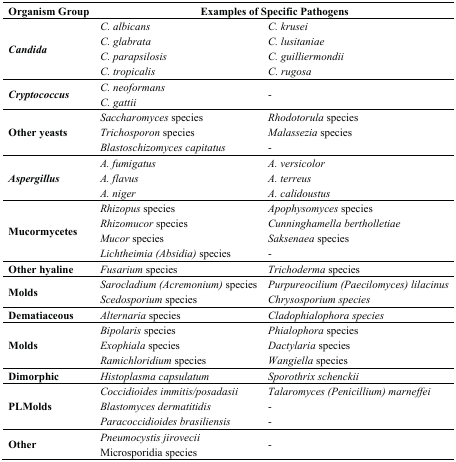
<table><thead><tr><td><b>Organism Group</b></td><td colspan="2"><b>Examples of Specific Pathogens</b></td></tr></thead><tbody><tr><td rowspan="4"><b><i>Candida</i></b></td><td><i>C. albicans</i></td><td><i>C. krusei</i></td></tr><tr><td><i>C. glabrata</i></td><td><i>C. lusitaniae</i></td></tr><tr><td><i>C. parapsilosis</i></td><td><i>C. guilliermondii</i></td></tr><tr><td><i>C. tropicalis</i></td><td><i>C. rugosa</i></td></tr><tr><td><b><i>Cryptococcus</i></b></td><td><i>C. neoformans C. gattii</i></td><td>-</td></tr><tr><td rowspan="3"><b>Other yeasts</b></td><td><i>Saccharomyces</i> species</td><td><i>Rhodotorula</i> species</td></tr><tr><td><i>Trichosporon</i> species</td><td><i>Malassezia</i> species</td></tr><tr><td><i>Blastoschizomyces capitatus</i></td><td>-</td></tr><tr><td rowspan="3"><b><i>Aspergillus</i></b></td><td><i>A. fumigatus</i></td><td><i>A. versicolor</i></td></tr><tr><td><i>A. flavus</i></td><td><i>A. terreus</i></td></tr><tr><td><i>A. niger</i></td><td><i>A. calidoustus</i></td></tr><tr><td rowspan="4"><b>Mucormycetes</b></td><td><i>Rhizopus</i> species</td><td><i>Apophysomyces</i> species</td></tr><tr><td><i>Rhizomucor</i> species</td><td><i>Cunninghamella bertholletiae</i></td></tr><tr><td><i>Mucor</i> species</td><td><i>Saksenaea</i> species</td></tr><tr><td><i>Lichtheimia (Absidia)</i> species</td><td>-</td></tr><tr><td><b>Other hyaline</b></td><td><i>Fusarium</i> species</td><td><i>Trichoderma</i> species</td></tr><tr><td rowspan="2"><b>Molds</b></td><td><i>Sarocladium (Acremonium)</i> species</td><td><i>Purpureocilium (Paecilomyces) lilacinus</i></td></tr><tr><td><i>Scedosporium</i> species</td><td><i>Chrysosporium species</i></td></tr><tr><td><b>Dematiaceous</b></td><td><i>Alternaria</i> species</td><td><i>Cladophialophora species</i></td></tr><tr><td rowspan="3"><b>Molds</b></td><td><i>Bipolaris</i> species</td><td><i>Phialophora</i> species</td></tr><tr><td><i>Exophiala</i> species</td><td><i>Dactylaria</i> species</td></tr><tr><td><i>Ramichloridium</i> species</td><td><i>Wangiella</i> species</td></tr><tr><td><b>Dimorphic</b></td><td><i>Histoplasma capsulatum</i></td><td><i>Sporothrix schenckii</i></td></tr><tr><td rowspan="3"><b>PLMolds</b></td><td><i>Coccidioides immitis/posadasii</i></td><td><i>Talaromyces (Penicillium) marneffei</i></td></tr><tr><td><i>Blastomyces dermatitidis</i></td><td>-</td></tr><tr><td><i>Paracoccidioides brasiliensis</i></td><td>-</td></tr><tr><td rowspan="2"><b>Other</b></td><td><i>Pneumocystis jirovecii</i></td><td rowspan="2">-</td></tr><tr><td> Microsporidia species</td></tr></tbody></table>